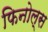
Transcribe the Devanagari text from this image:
फिनोल्स